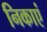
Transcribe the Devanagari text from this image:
निकाएं